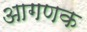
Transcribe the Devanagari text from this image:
आगणक